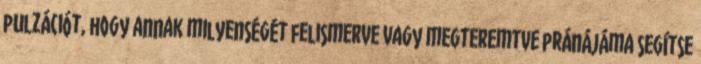
pulzációt, hogy annak milyenségét felismerve vagy megteremtve pránájáma segítse